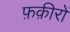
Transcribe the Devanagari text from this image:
फ़क़ीरों